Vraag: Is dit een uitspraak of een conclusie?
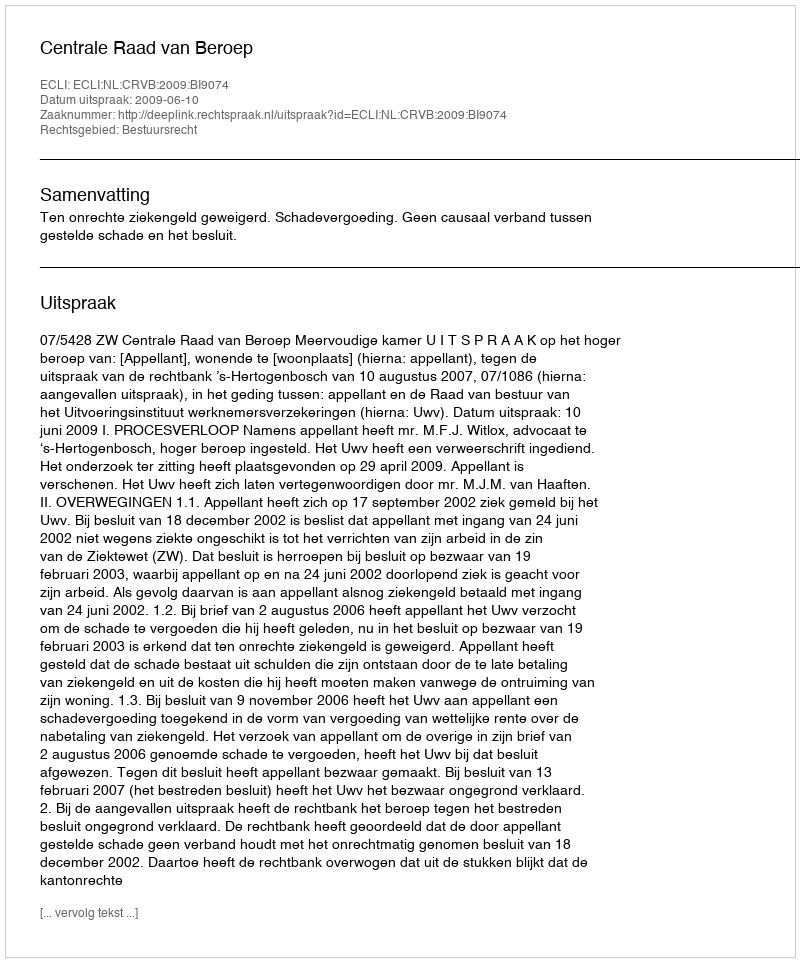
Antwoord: Uitspraak